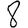
Digit: 8